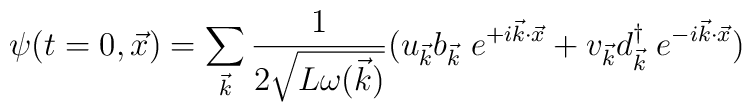
\psi(t=0,\vec x )=\sum_{\vec k}{1\over 2\sqrt{L \omega(\vec k)} }(u_{\vec k} b_{\vec k}\;  e^{+i\vec k\cdot \vec x}+v_{\vec k} d^{\dag} _{\vec k}\;  e^{-i\vec k\cdot \vec x})